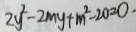
2 y ^ { 2 } - 2 m y + m ^ { 2 } - 2 0 = 0 \cdot